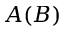
A ( B )